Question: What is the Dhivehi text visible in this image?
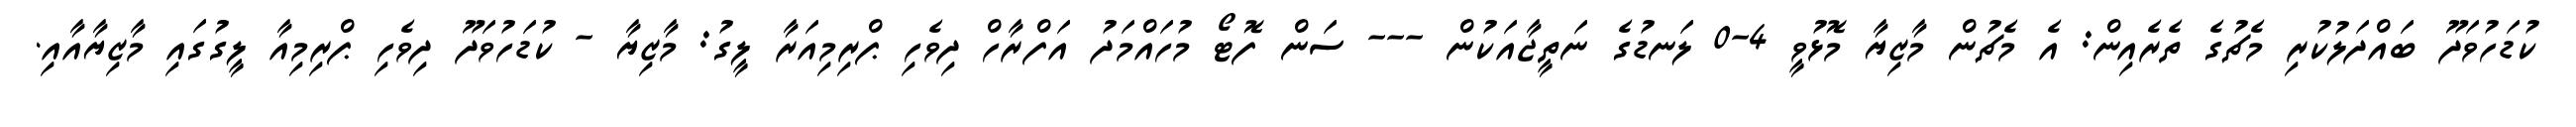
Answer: ކުޑަހުވަދޫ ބައްދަލުކުރި މެޗުގެ ތެރެއިން: އެ މެޗުން މާޒިޔާ މޮޅުވީ 4-0 ލަނޑުގެ ނަތީޖާއަކުން --- ސަން ފޮޓޯ މުހައްމަދު އަފްރާހް ދިވެހި ޕްރިމިއަރާ ލީގު: މާޒިޔާ - ކުޑަހުވަދޫ ދިވެހި ޕްރިމިއާ ލީގުގައި މާޒިޔާއާއި.